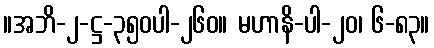
။အဘိ-၂-ဋ္ဌ-၃၅၀ပါ-၂၆၀။ မဟာနိ-ပါ-၂၀၊ ၆-၈၃။